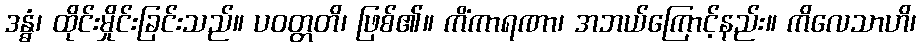
ဒန္ဓံ၊ ထိုင်းမှိုင်းခြင်းသည်။ ပဝတ္တတိ၊ ဖြစ်၏။ ကိံကာရဏာ၊ အဘယ်ကြောင့်နည်း။ ကိလေသာဟိ၊